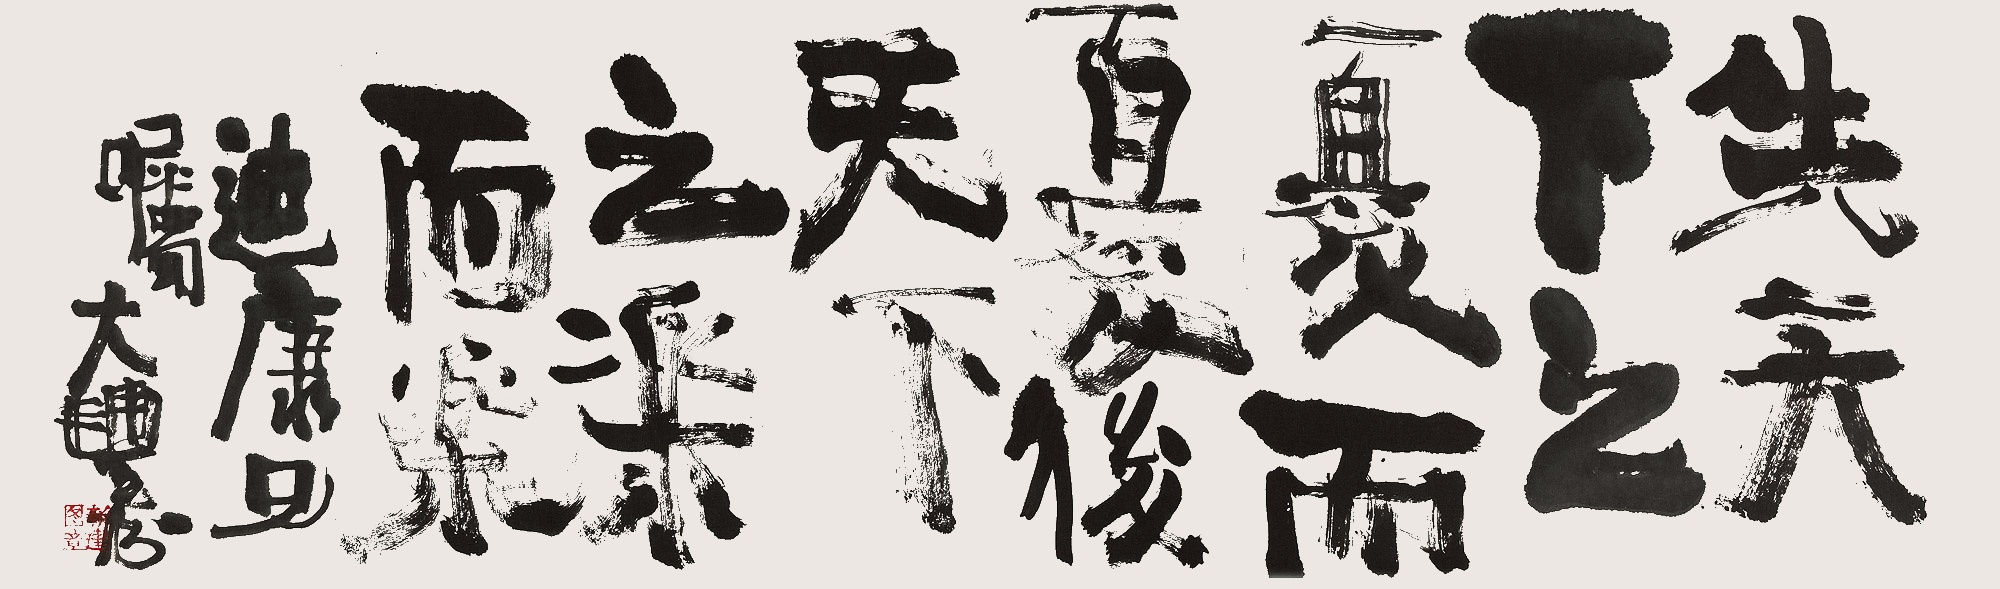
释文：先天下之忧而忧，后天下之乐而乐。迪康兄嘱。大丰书。